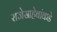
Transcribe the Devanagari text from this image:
राजेसाहेबांकडे